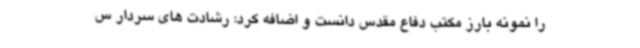
را نمونه بارز مکتب دفاع مقدس دانست و اضافه کرد: رشادت های سردار س